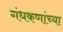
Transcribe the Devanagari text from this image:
गंधकणांच्या